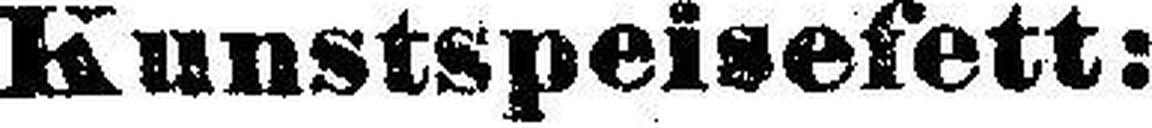
Kunstspeisefett: